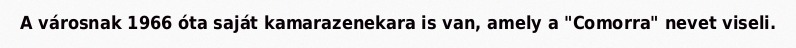
A városnak 1966 óta saját kamarazenekara is van, amely a "Comorra" nevet viseli.